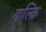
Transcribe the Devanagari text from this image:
बाल्कि